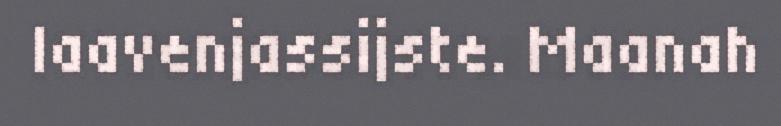
laavenjassijste. Maanah